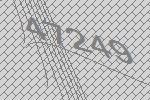
47249